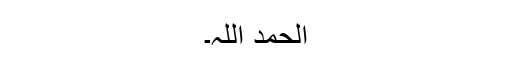
الحمد اللہ۔